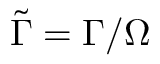
\tilde { \Gamma } = \Gamma / \Omega